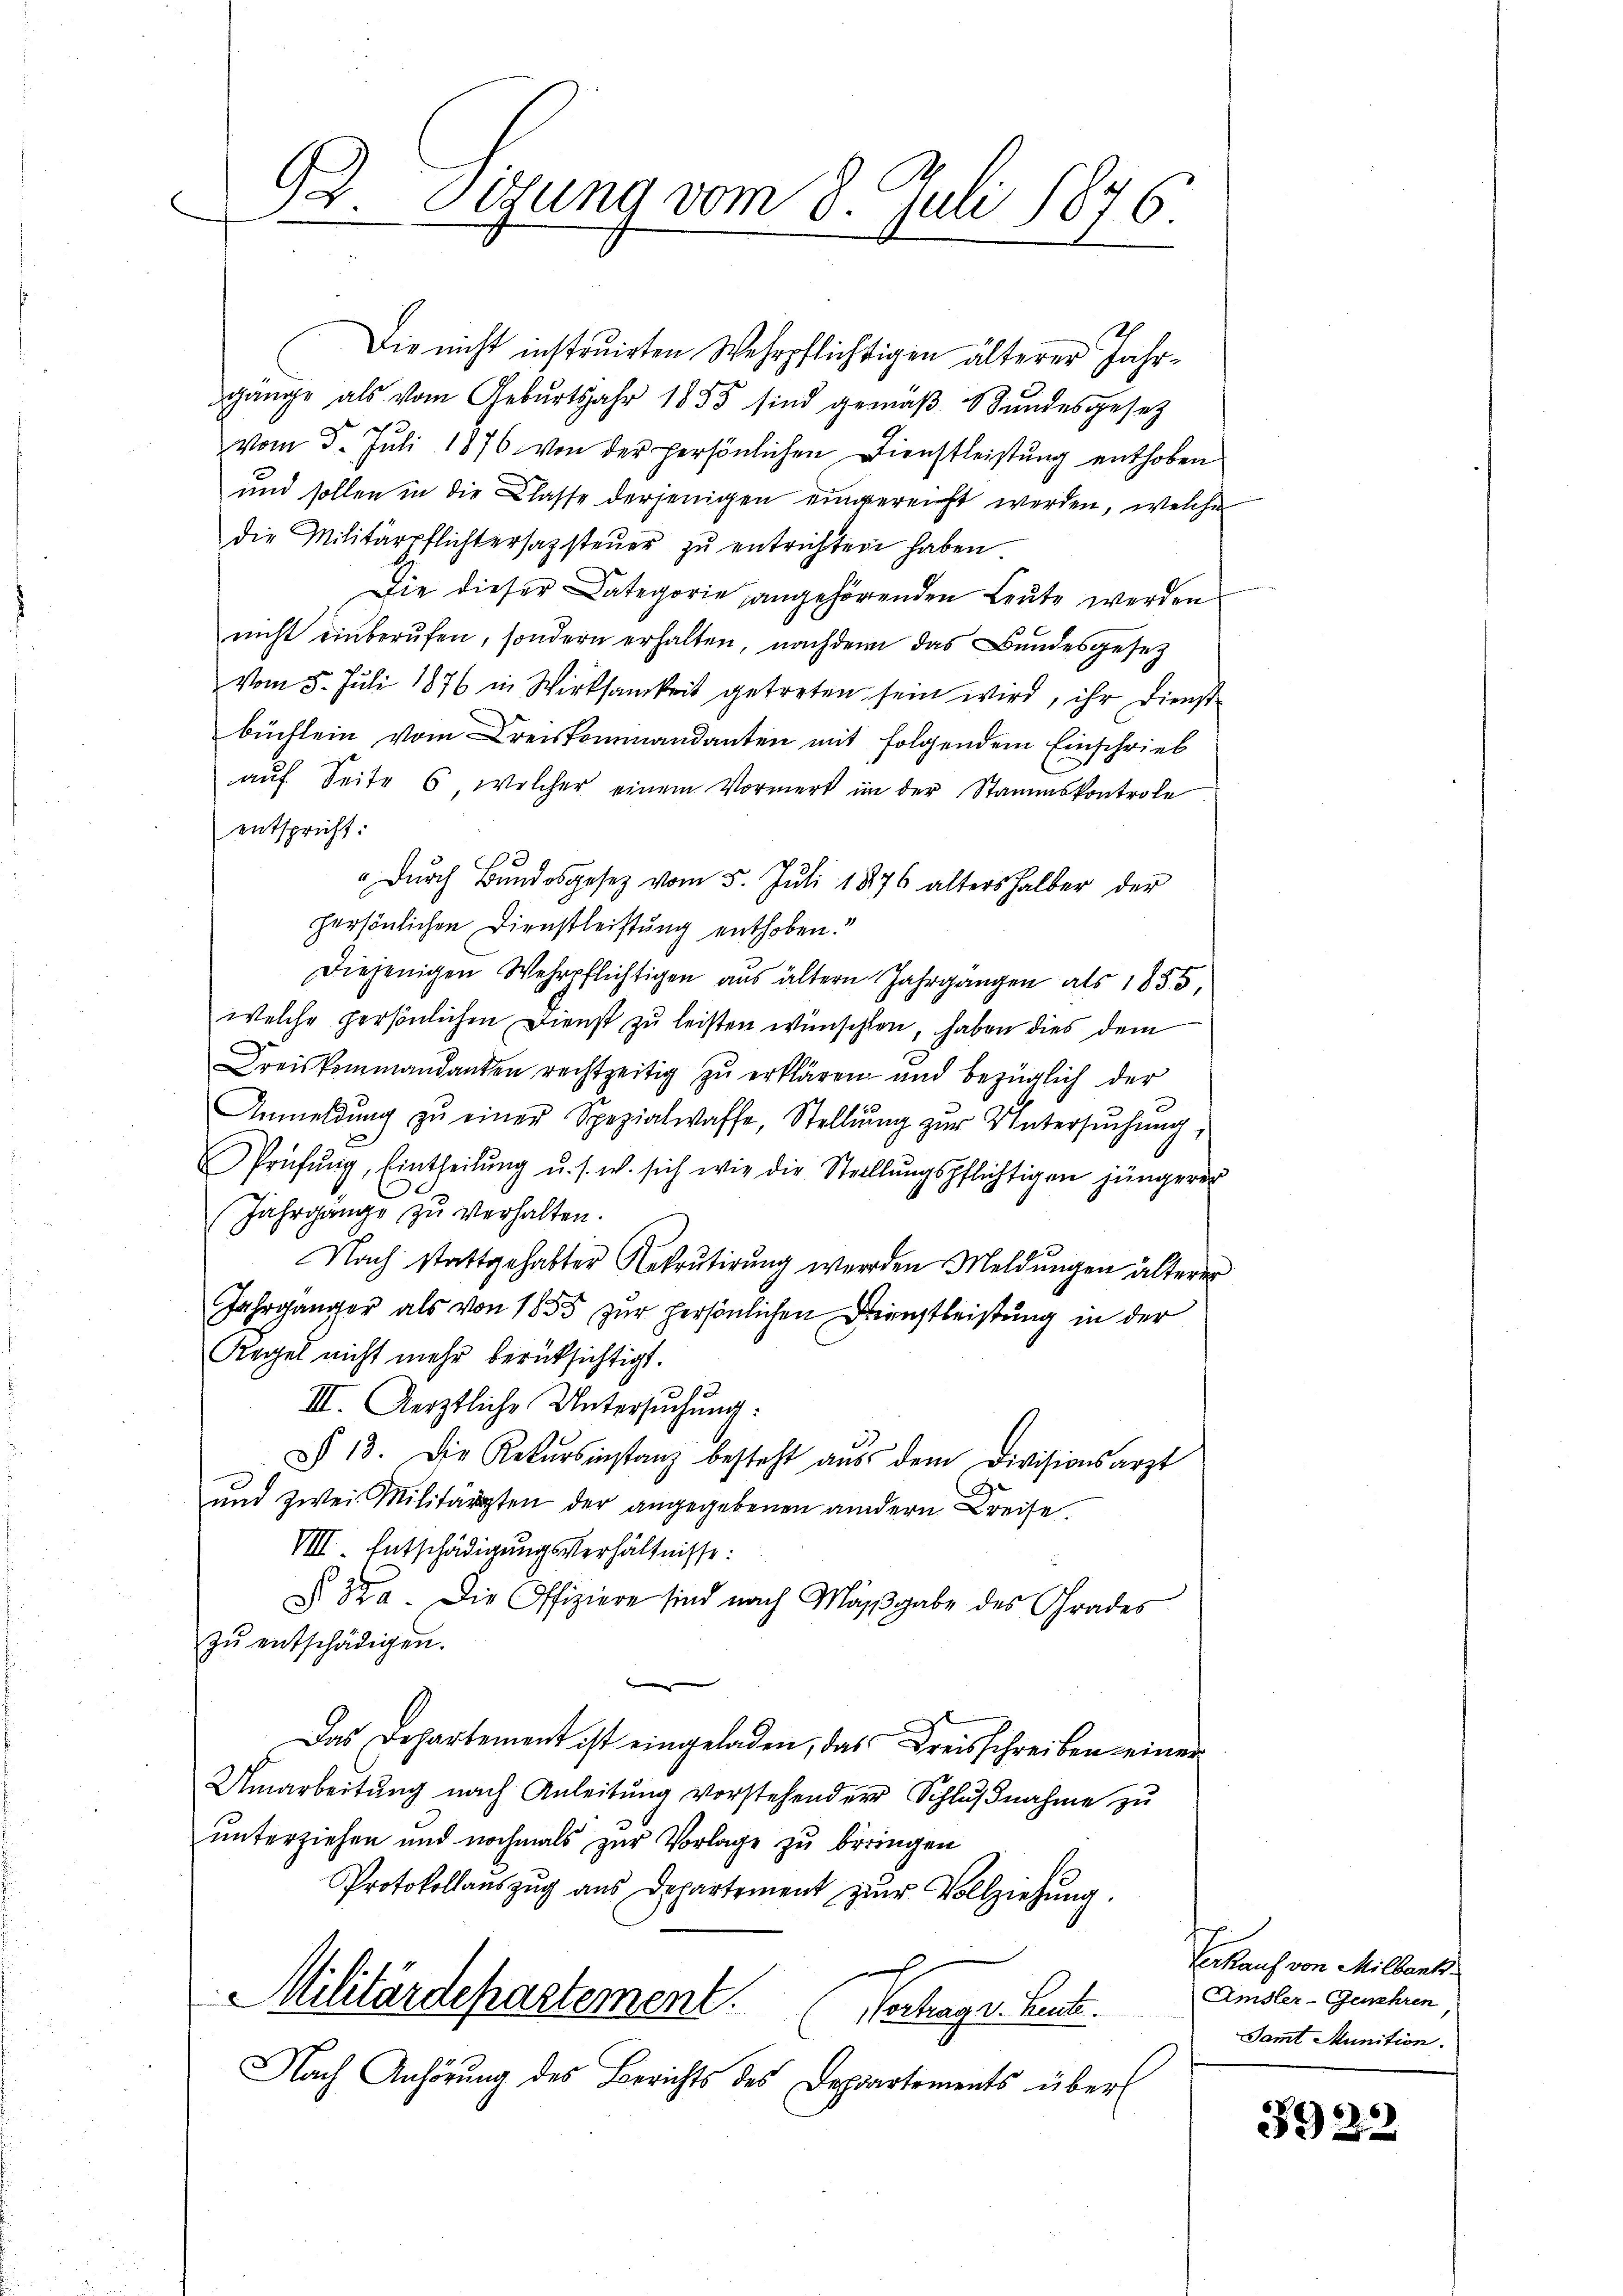
92 sizung vom 8. Juli 1876.

Die nicht instruirten Wehrpflichtigen älterer Jahrgänge als vom Geburtsjahr 1855 sind gemäβ Stŭndesgesetz
vom 5. Juli 1876 von der persönlichen Dienstleistŭng enthoben
und sollen in die Classe derjenigen eingereicht werden, welche
die Militärpflichtersazsteuer zu entrichten haben
Die dieser Kategorie angehörenden Leute werden
nicht einberŭfen, sondern erhalten, nachdem das Bundesgesetz
vom 5. Jŭli 1876 in Wirksamkeit getreten sein wird, ihr dienst
büchlein vom Kreiskommandanten mit folgendem Einschrieb
aŭf Seite 6, welcher einem Vormerk im der Stammskontrole.
entspricht:
"Dŭrch Bundesgesetz vom 5. Juli 1876 alters halber der
persönlichen Dienstleistung enthoben.“
Diejenigen Wehrpflichtigen aus ältern Jahrgangen als 1855,
welche persönlichen Dienst zu leisten wünschten, haben dies dem
Dreiskommandanten rechtzeitig zŭ erklären und bezüglich der
Anmeldŭng zŭ einer Spezialwaffe, Stellŭng zŭr Untersŭchŭng,
Prüfŭng, Eintheilŭng u. s. w. sich wie die Stellŭngspflichtigen jüngerer
Jahrgänge zu verhalten.
Nach stattgehabter Rekrutirung werden Meldungen älterer
Jahrgänger als von 1855 zur persönlichen Dienstleistung in der
Regel nicht mehr berücksichtigt.
III. Aerztliche Untersuchung:
§ 13. Die Rekŭrsinstanz besteht aŭs dem Divisionsarzt
ŭnd zwei Militärten der angegebenen andern Kreise.
VIII. Entschädigungsverhältnisse:
§ 322. Die Offiziere sind nach Maßgabe des Grades
zŭ entschädigen.
Das Departement ist eingeladen, das Kreisschreiben einer
Umarbeitŭng nach Anleitŭng vorstehenden Schlŭβnahme zŭ
unterziehen und nochmals zur Vorlage zu bringen
Protokollauszug aus Departement zŭr Vollziehung.
Militärdepartement.
Sachlager. Landte.
Nach Anhörung des Berichts des Departements über 18

Verkauf von Milbank
Amsler-Genehren
Samt Munition.